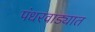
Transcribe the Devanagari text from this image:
पंधरवाड्यात